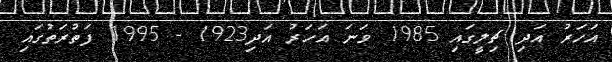
އަހަރު އަދި ޗިލީގައި 1985 ވަނަ އަހަރު އަދި1923 - 1995 ފަތުރަތުގައި